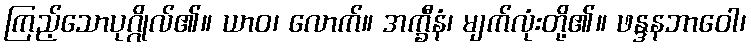
ကြည့်သောပုဂ္ဂိုလ်၏။ ယာဝ၊ လောက်။ အက္ခီနံ၊ မျက်လုံးတို့၏။ ဖန္ဒနဘာဝေါ၊